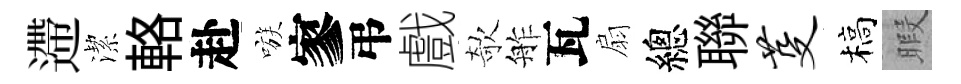
遰潔輅赴嗾寥弔戲欹舴瓦扇總聯芟槁暇